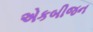
એકબીજન